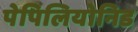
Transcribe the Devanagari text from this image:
पेपिलियोनिड